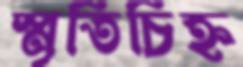
স্মৃতিচিহ্ন